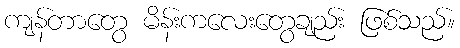
ကျန်တာတွေ မိန်းကလေးတွေချည်း ဖြစ်သည်။